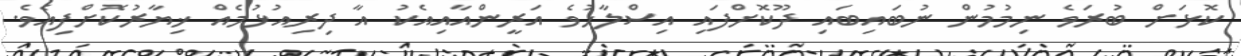
ކޮޅަށް ބުރަވެ ނިމުމުން ނުބައިބައި ދޫކޮށްފައި އިސްލާހުވެ އަރީންއާއިއެކު އާ ދިރިއުޅުމެއް ޚިޔާރުކޮށްފިއެވެ.